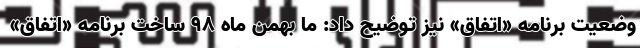
وضعیت برنامه «اتفاق» نیز توضیح داد: ما بهمن ماه ۹۸ ساخت برنامه «اتفاق»